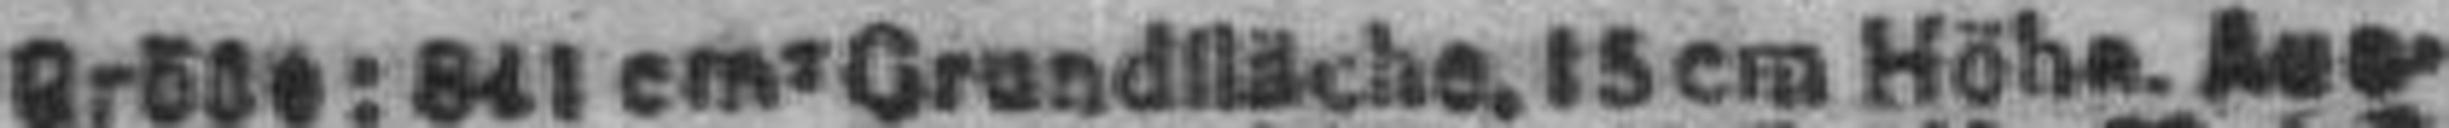
Größe: 841 cm2 Grundfläche, 15 cm Höhe. Aus¬